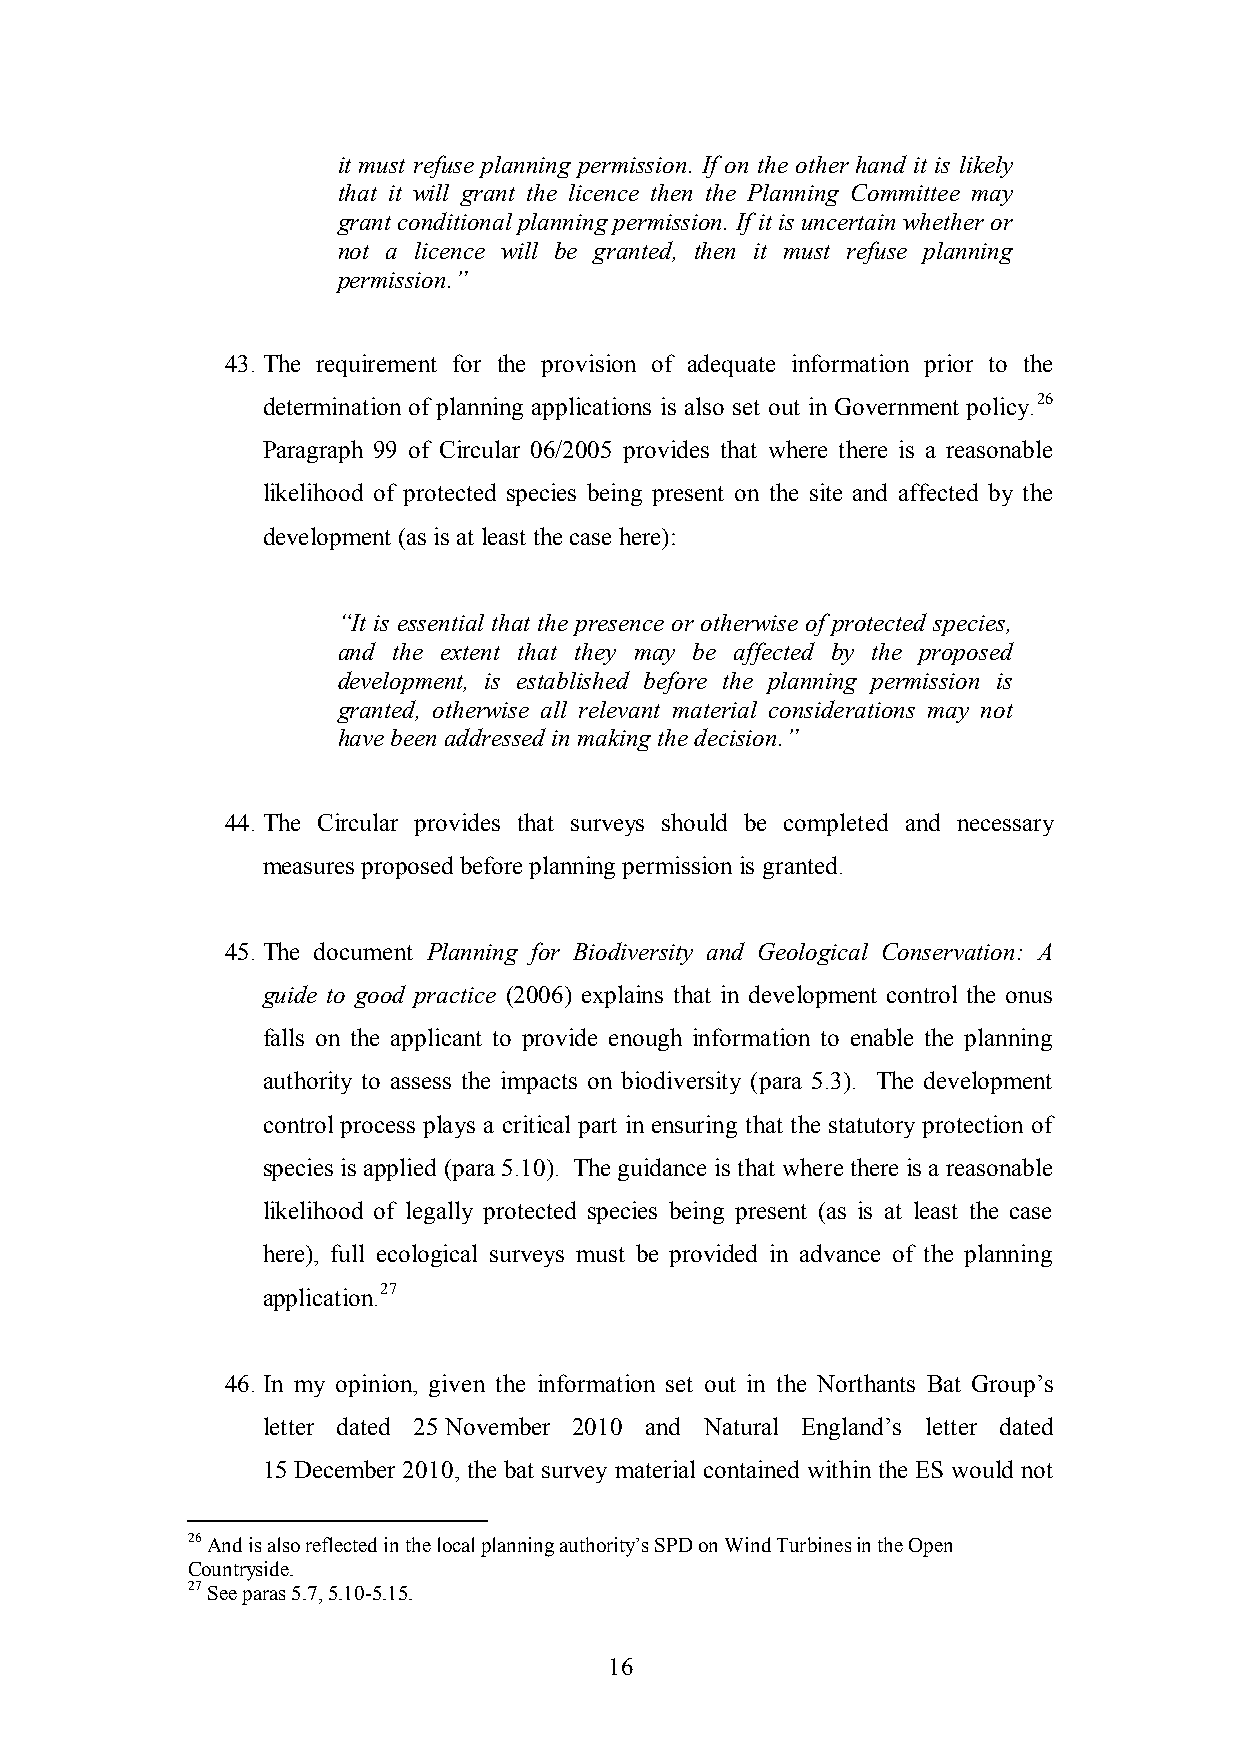
it must refuse planning permission. If on the other hand it is likely
 that it will grant the licence then the Planning Committee may
 grant conditional planning permission. If it is uncertain whether or
 not a licence will be granted, then it must refuse planning
 permission.”
 43. The requirement for the provision of adequate information prior to the
 determination of planning applications is also set out in Government policy.26
 Paragraph 99 of Circular 06/2005 provides that where there is a reasonable
 likelihood of protected species being present on the site and affected by the
 development (as is at least the case here):
 “It is essential that the presence or otherwise of protected species,
 and the extent that they may be affected by the proposed
 development, is established before the planning permission is
 granted, otherwise all relevant material considerations may not
 have been addressed in making the decision.”
 44. The Circular provides that surveys should be completed and necessary
 measures proposed before planning permission is granted.
 45. The document Planning for Biodiversity and Geological Conservation: A
 guide to good practice (2006) explains that in development control the onus
 falls on the applicant to provide enough information to enable the planning
 authority to assess the impacts on biodiversity (para 5.3). The development
 control process plays a critical part in ensuring that the statutory protection of
 species is applied (para 5.10). The guidance is that where there is a reasonable
 likelihood of legally protected species being present (as is at least the case
 here), full ecological surveys must be provided in advance of the planning
 application.27
 46. In my opinion, given the information set out in the Northants Bat Group‟s
 letter dated 25 November 2010 and Natural England‟s letter dated
 15 December 2010, the bat survey material contained within the ES would not
 26 And is also reflected in the local planning authority‟s SPD on Wind Turbines in the Open
 Countryside.
 27 See paras 5.7, 5.10-5.15.
 16